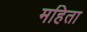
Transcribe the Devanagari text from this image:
महिता